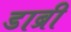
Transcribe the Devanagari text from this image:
डाब्री